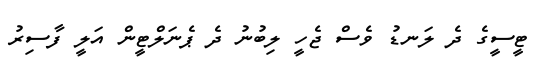
ޓީސީގެ ދެ ލަނޑު ވެސް ޖެހީ ލިބުނު ދެ ޕެނަލްޓީން އަލީ ފާސިރު